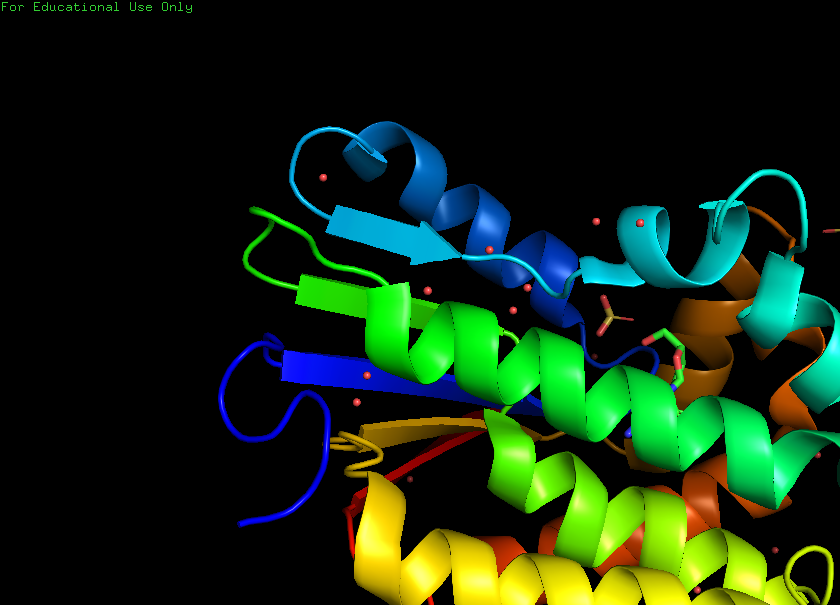
pymol, preset, pretty_solv